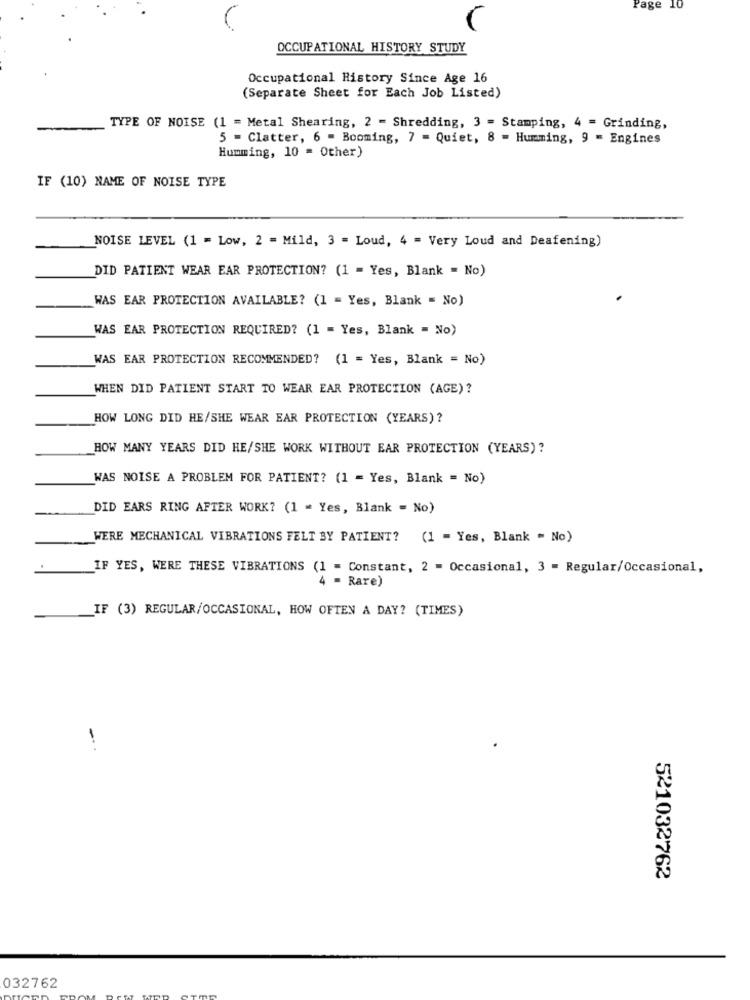
Page 10
OCCUPATIONAL HISTORY STUDY
Occupational History Since Age 16
(Separate Sheet for Each Job Listed)
TYPE OF NOISE (1 = Metal Shearing, 2 = Shredding, 3 = Stamping, 4 = Grinding,
5 = Clatter, 6 - Booming, 7 = Quiet, 8 - Humming, 9 = Engines
Humming, 10 = Other)
IF (10) NAME OF NOISE TYPE
NOISE LEVEL (1 = Low, 2 = Mild, 3 = Loud, 4 = Very Loud and Deafening)
DID PATIENT WEAR EAR PROTECTION? (1 = Yes, Blank = No)
WAS EAR PROTECTION AVAILABLE? (1 = Yes, Blank = No)
WAS EAR PROTECTION REQUIRED? (1 = Yes, Blank = No)
WAS EAR PROTECTION RECOMMENDED? (1 = Yes, Blank = No)
WHEN DID PATIENT START TO WEAR EAR PROTECTION (AGE)?
HOW LONG DID HE/SHE WEAR EAR PROTECTION (YEARS) ?
HOW MANY YEARS DID HE/SHE WORK WITHOUT EAR PROTECTION (YEARS) ?
WAS NOISE A PROBLEM FOR PATIENT? (1 = Yes, Blank = No)
DID EARS RING AFTER WORK? (1 = Yes, Blank = No)
WERE MECHANICAL VIBRATIONS FELT BY PATIENT? (1 = Yes, Blank " No)
IF YES, WERE THESE VIBRATIONS (1 = Constant, 2 = Occasional, 3 = Regular/Occasional,
4 = Rare)
IF (3) REGULAR/OCCASIONAL, HOW OFTEN A DAY? (TIMES)
521032762
032762